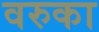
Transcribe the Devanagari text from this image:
वरुका